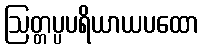
ဩတ္တပ္ပပရိယာယပထော